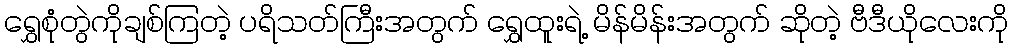
ရွှေစုံတွဲကိုချစ်ကြတဲ့ ပရိသတ်ကြီးအတွက် ရွှေထူးရဲ့ မိန်မိန်းအတွက် ဆိုတဲ့ ဗီဒီယိုလေးကို